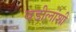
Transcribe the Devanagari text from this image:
वडीलांशी